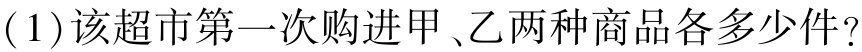
(1)该超市第一次购进甲、乙两种商品各多少件？